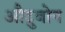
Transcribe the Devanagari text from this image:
औदुबोन